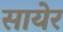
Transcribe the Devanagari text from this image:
सायेर